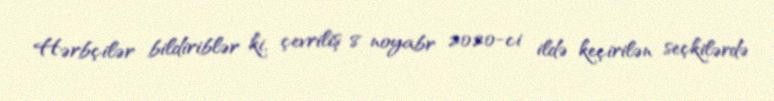
Hərbçilər bildiriblər ki, çevriliş 8 noyabr 2020-ci ildə keçirilən seçkilərdə